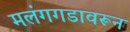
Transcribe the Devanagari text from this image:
मलंगगडावरून